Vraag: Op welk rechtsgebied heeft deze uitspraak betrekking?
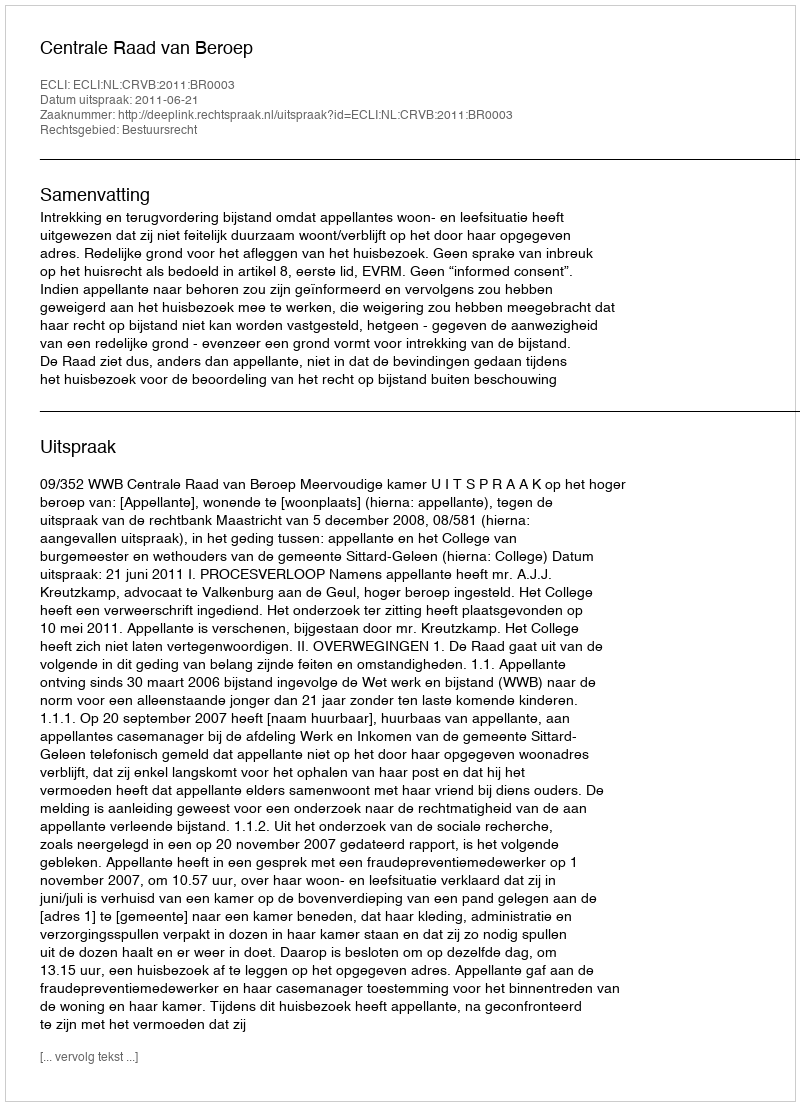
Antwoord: Bestuursrecht